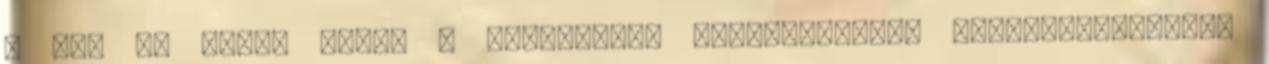
- nem is olyan régen - ugyanilyen eseményterhes következménnyel.